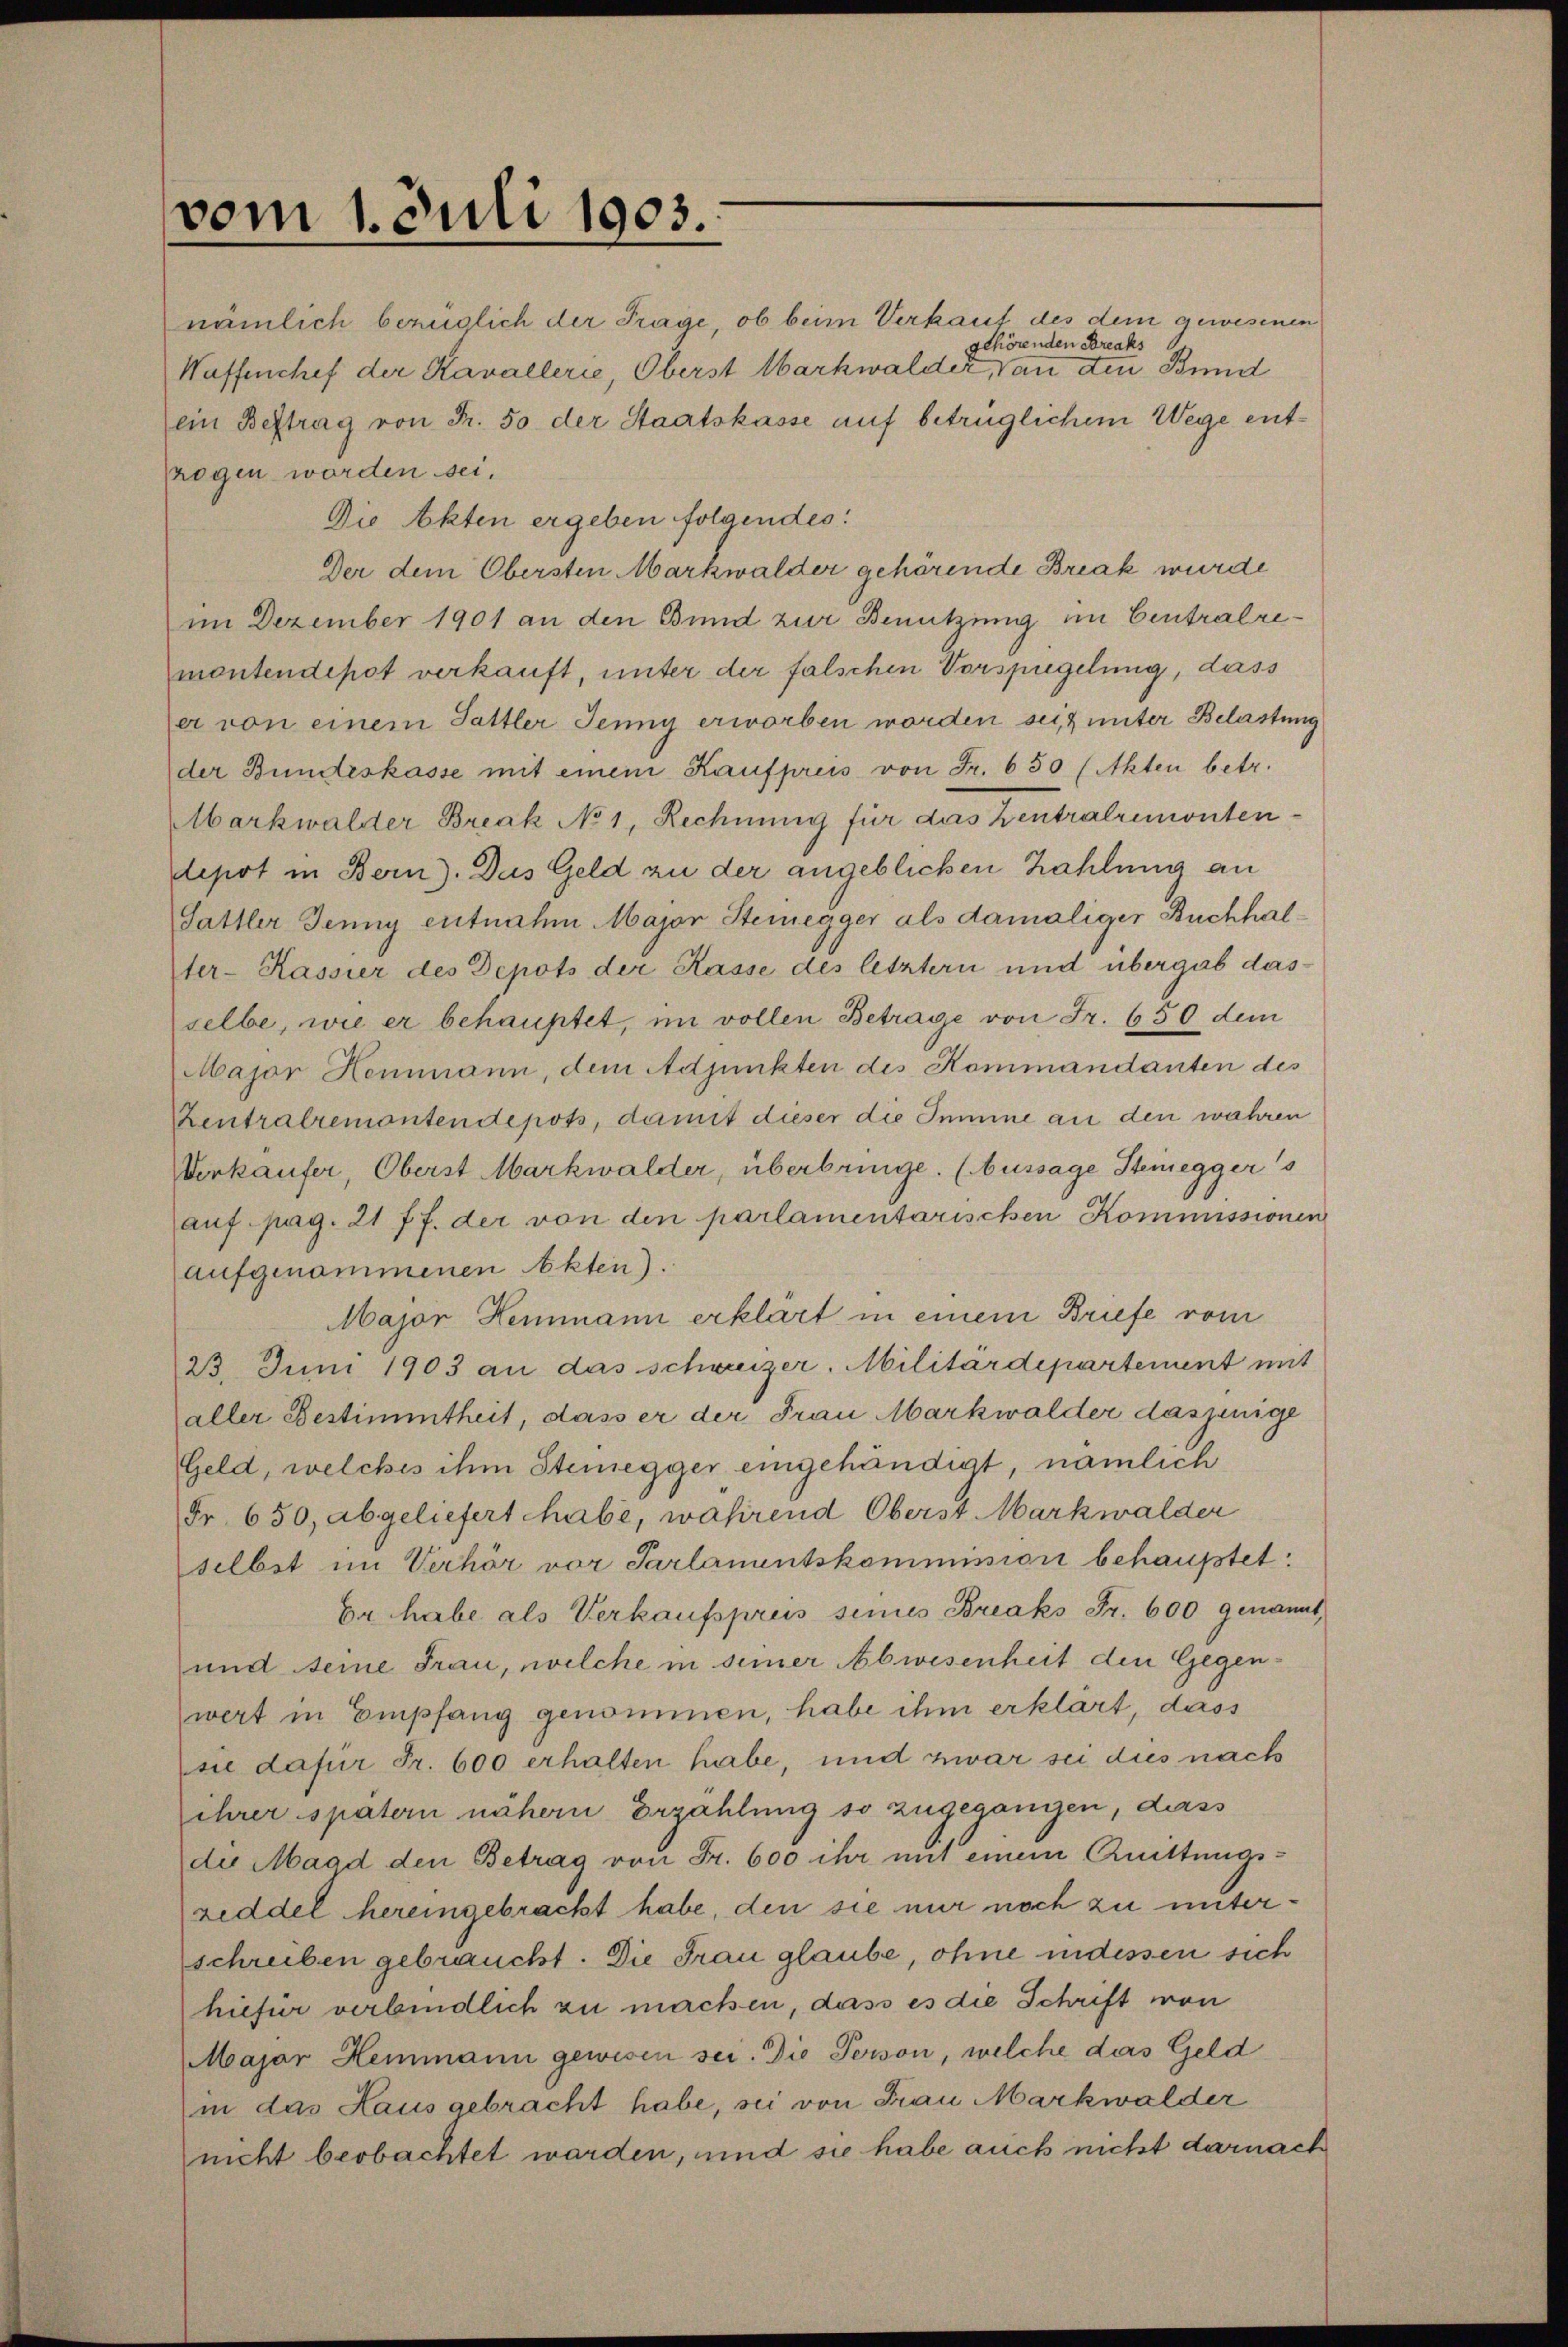
vom 1. Juli 1903.

nämlich bezüglich der Frage, ob beim Verkauf des dem gewesenen
gehörenden Breaks
Waffenchef der Kavallerie, Oberst Markwalder, von den Bund
ein Beftrag von Fr. 50 der Staatskasse auf betrüglichem Wege entrogen worden sei,
Die Akten ergeben folgendes:
Der dem Obersten Markwalder gehörende Break wurde
im Dezember 1901 an den Bund zur Benutzung im Centralremontendepot verkauft, unter der falschen Vorspiegelung, dass
er von einem Sattler Jenny erworben worden sei, unter Belastung
der Bundeskasse mit einem Kaufpreis von Fr. 650 (Akten betr.
Markwalder Break No 1, Rechnung für das Ventralremontendepot in Bern). Das Geld zu der angeblichen Zahlung an
Sattler Jenny entnahm Major Steinegger als damaliger Buchhalter-Kassier des Depots der Kasse des letztern und übergab dasselbe, wie er behauptet, im vollen Betrage von Fr. 650 dem
Major Hemmann, dem Adjunkten des Kommandanten des
Zentralremontendepots, damit dieser die Summe an den wahren
Verkaufer, Oberst Markwalder, überbringe. (Aussage Steinegger's
auf. pag. 21 ff. der von den parlamentarischen Kommissionen
aufgenommenen Akten).
Major Hemmann erklärt in einem Briefe vom
23. Juni 1903 an das schweizer. Militärdepartement mit
aller Bestimmtheit, dass er der Frau Markwalder dasjenige
Geld, welches ihm Steinegger eingehändigt, nämlich
Fr. 650, abgeliefert habe, wahrend Oberst Markwalder
selbst im Verhör vor Parlamentskommission behauptet:
Er habe als Verkaufsprus sines Breaks Fr. 600 genannt,
und seine Frau, welche in seiner Abwesenheit den Gegenwert in Empfang genommen, habe ihm erklärt, dass
sie dafür Fr. 600 erhalten habe, und zwar sei dies nach
ihrer spatern nähern Erzahlung so zugegangen, dass
die Magd den Betrag von Fr. 600 ihr mit einem Quittungs-
zeddel hereingebracht habe, den sie nur noch zu unterschreiben gebraucht. Die Frau glaube, ohne indessen sich
hiefür verbindlich zu machen, dass es die Schrift von
Major Heimann gewisen sei. Die Person, welche das Geld
in das Haus gebracht habe, sei von Frau Markwalder
nicht beobachtet werden, und sie habe auch nicht darnach